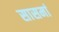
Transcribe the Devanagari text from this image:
सासमां